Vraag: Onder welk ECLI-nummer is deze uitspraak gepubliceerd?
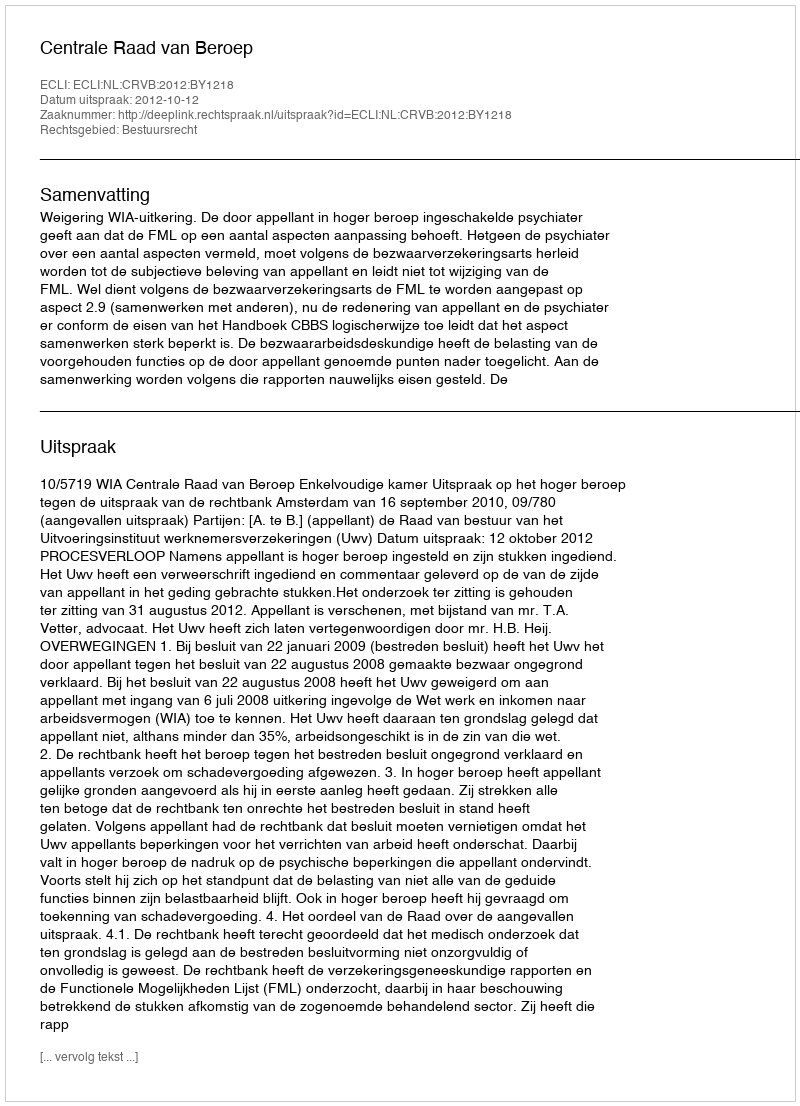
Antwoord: ECLI:NL:CRVB:2012:BY1218